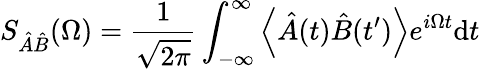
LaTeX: S_{\hat{A}\hat{B}}(\Omega)=\frac{1}{\sqrt{2\pi}}\int_{-\infty}^{\infty}\left<\hat{A}(t)\hat{B}(t^{\prime})\right>e^{i\Omega t}\mathrm{d}t